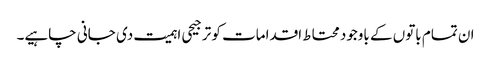
ان تمام باتوں کے باوجود محتاط اقدامات کو ترجیحی اہمیت دی جانی چاہیے۔